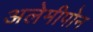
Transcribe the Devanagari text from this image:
अलेमीपोन